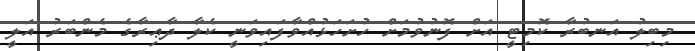
މިބިލު އަނބުރާ ކޮމިޓީ އަށް ފޮނުވުމަށް ހުށަހަޅުއްވާފައިވަނީ ކެލާ ދާޢިރާގެ މެންބަރު އަލީ